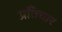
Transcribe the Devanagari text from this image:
प्रतिचार